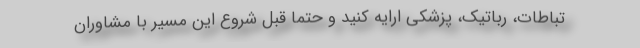
تباطات، رباتیک، پزشکی ارایه کنید و حتما قبل شروع این مسیر با مشاوران